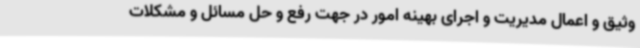
وثیق و اعمال مدیریت و اجرای بهینه امور در جهت رفع و حل مسائل و مشکلات